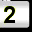
Digit: 2